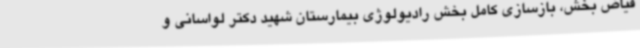
فیاض بخش، بازسازی کامل بخش رادیولوژی بیمارستان شهید دکتر لواسانی و